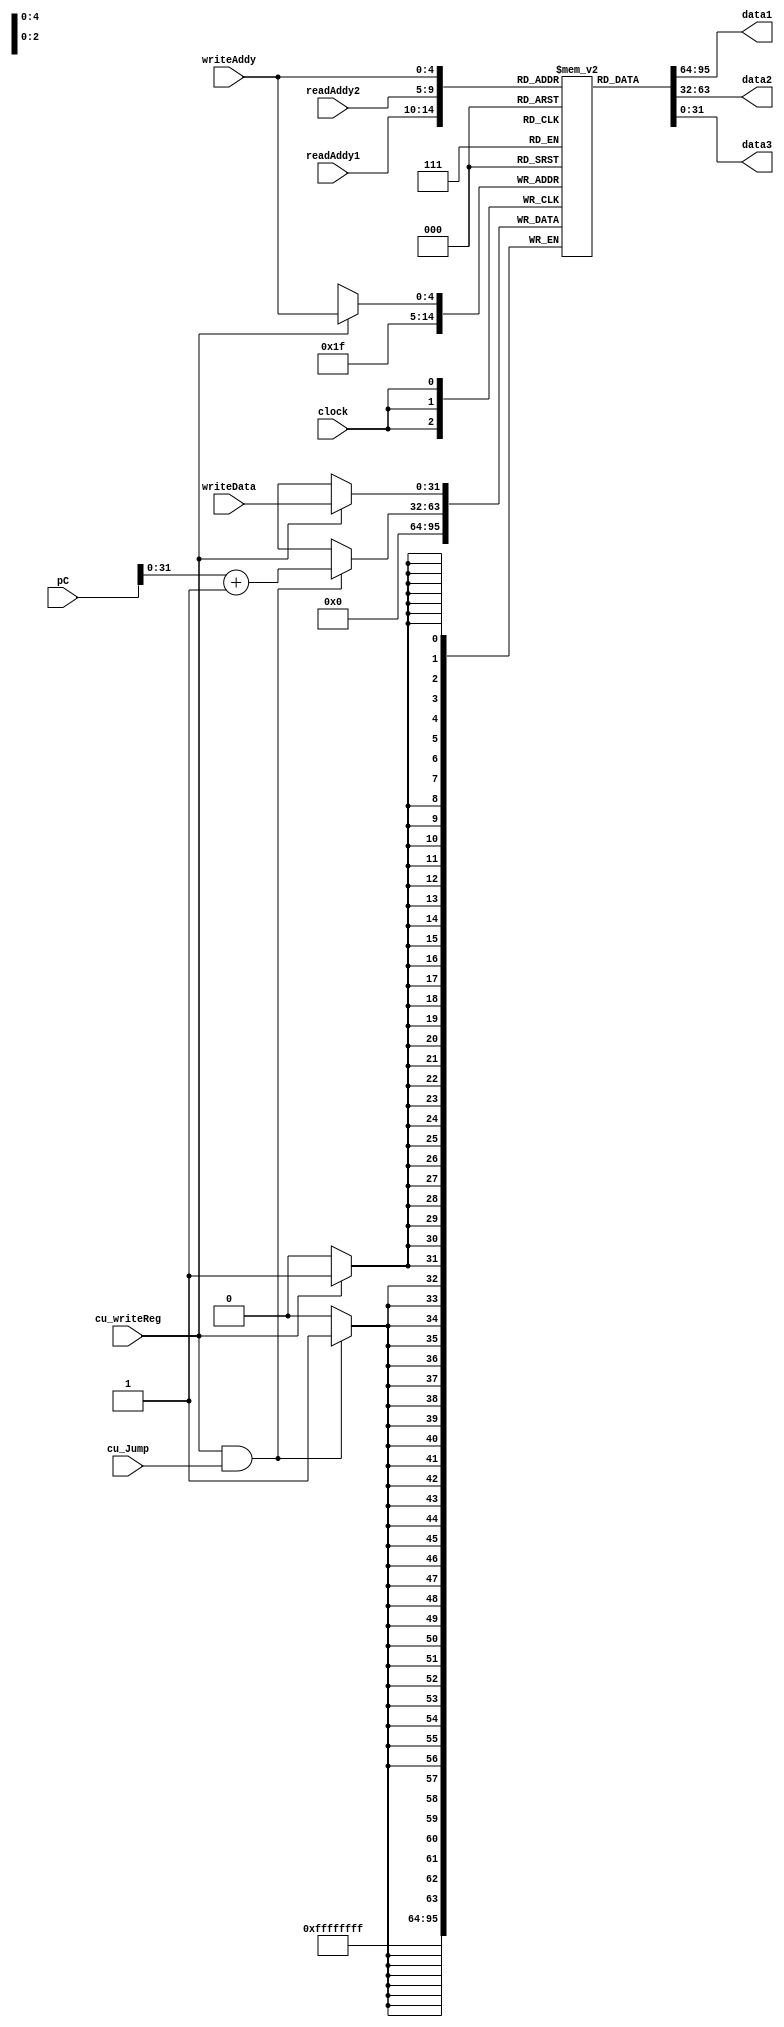
module registerBench (readAddy1, readAddy2, writeAddy, writeData, data1, data2, data3, clock, cu_writeReg, cu_Jump, pC);
  input [4:0] readAddy1;  //Endereo de Leitura 1
  input [4:0] readAddy2;  //Endereo de Leitura 2
  input [4:0] writeAddy;  //Endereo de Escrita - cu_writeReg virou cu_regWrite

  input [31:0] writeData; //Dados a ser escrito
  input [32:0] pC; //Program counter para escrever no $ra.
  input clock, cu_writeReg, cu_Jump; //Clock e Sinal de controle para escrita no Registrador

  output [31:0] data1;  //Dado de sada 1
  output [31:0] data2;  //Dado de sada 2
  output [31:0] data3;  //Dado de sada 3

  reg [31:0] regBench [31:0];

  always @ (posedge clock) begin
    if(cu_writeReg)begin
      regBench[writeAddy] = writeData;
	end
	if(cu_writeReg && cu_Jump)begin
      regBench[31] = pC + 1;
	end
	 regBench[0] = 32'b0;
  end

  assign data1 = (regBench[readAddy1]);
  assign data2 = (regBench[readAddy2]);
  assign data3 = (regBench[writeAddy]);



endmodule // Banco de registradores